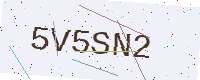
Text: 5V5SN2